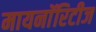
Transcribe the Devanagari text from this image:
मायनाॅरिटीज